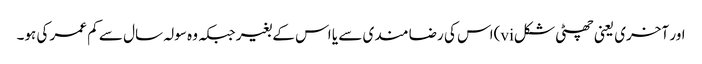
اور آخری یعنی چھٹی شکلvi)اس کی رضا مندی سے یا اس کے بغیر جبکہ وہ سولہ سال سے کم عمر کی ہو۔